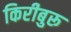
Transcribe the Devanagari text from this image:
किरीबुरू